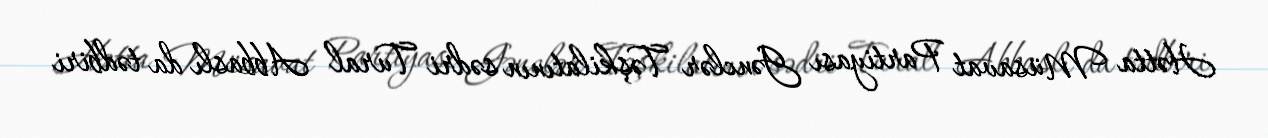
Hətta Müsavat Partiyası Gənclər Təşkilatının sədri Tural Abbaslı da tədbiri